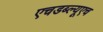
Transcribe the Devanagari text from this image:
एचडब्ल्यूएच